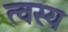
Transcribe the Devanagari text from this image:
त्वस्य